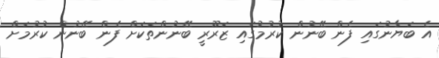
އެ ބަޔާނުގައި ފެން ބޭނުން ކުރުމުގައި ޒަރޫރީ ބޭނުންތަކަށް ފެން ބޭނުން ކުރުމަށް